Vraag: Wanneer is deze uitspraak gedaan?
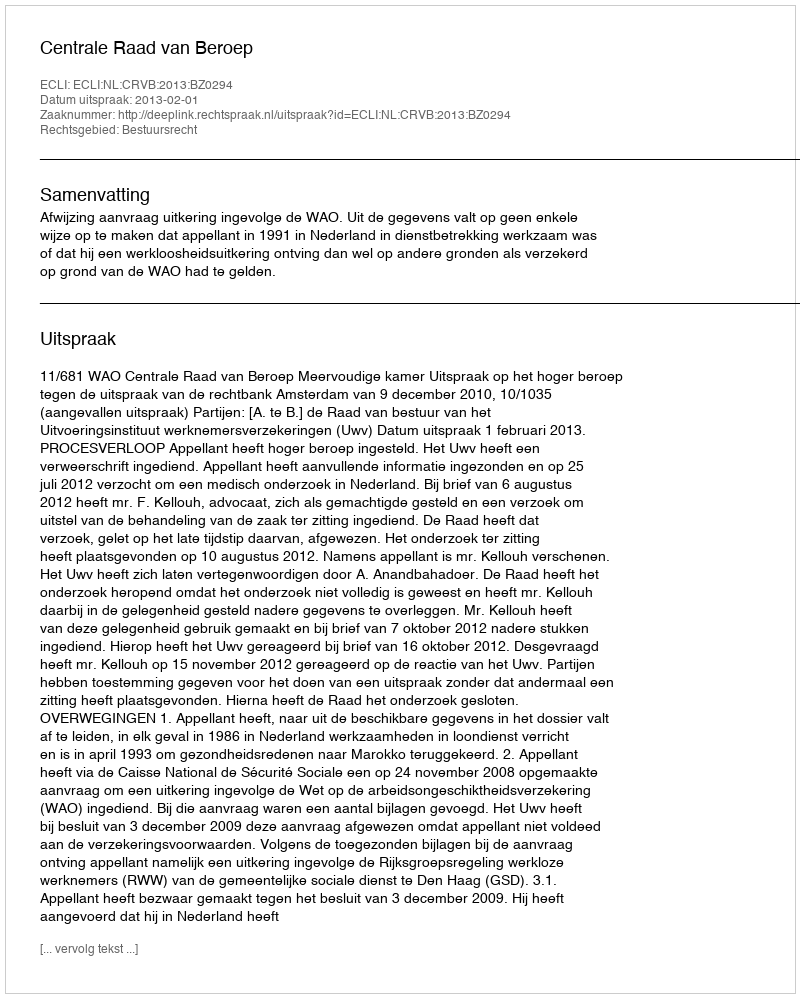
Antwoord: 2013-02-01